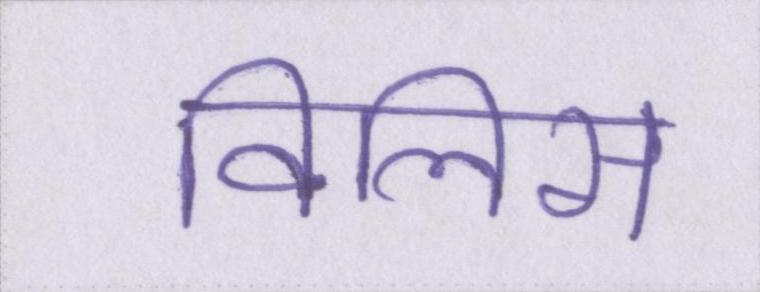
विलिस